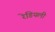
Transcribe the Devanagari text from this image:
रेडियली